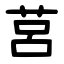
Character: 莒